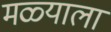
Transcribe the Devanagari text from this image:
मळ्याला